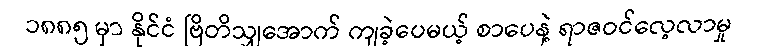
၁၈၈၅ မှာ နိုင်ငံ ဗြိတိသျှအောက် ကျခဲ့ပေမယ့် စာပေနဲ့ ရာဇဝင်လေ့လာမှု